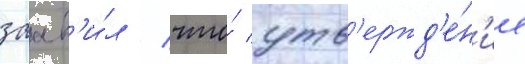
заав'и́л / что́ утв'ержд'е́н'ие